Vaccination Hyderabad 1872-1889 - 1872-1889
Year: 1872
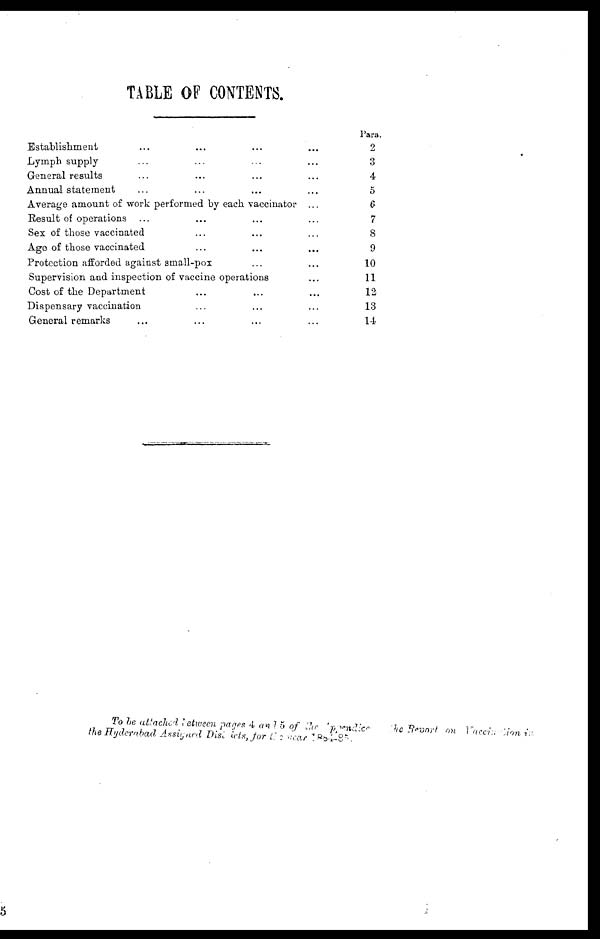
TABLE OF CONTENTS.
Establishment ... ... ... ...
Lymph supply ... ... ... ...
General results ... ... ... ...
Annual statement ... ... ... ...
Average amount of work performed by each vaccinator ...
Result of operations ... ... ... ...
Sex of those vaccinated ... ... ...
Age of those vaccinated ... ... ...
Protection afforded against small-pox ... ...
Supervision and inspection of vaccine operations ...
Cost of the Department ... ... ...
Dispensary vaccination ... ... ...
General remarks ... ... ... ...
Para.
2
3
4
5
6
7
8
9
10
11
12
13
14
To be attached between pages 4 and 5 of the Appendice the Report on Vaccination in
the Hyderabad Assigned Districts, for the year
1884-85.